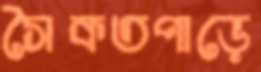
সৈকতপাড়ে